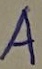
Text: A